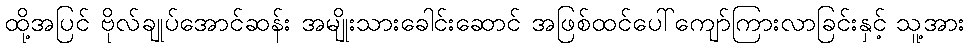
ထို့အပြင် ဗိုလ်ချုပ်အောင်ဆန်း အမျိုးသားခေါင်းဆောင် အဖြစ်ထင်ပေါ်ကျော်ကြားလာခြင်းနှင့် သူ့အား